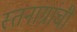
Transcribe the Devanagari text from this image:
स्तनाग्रांची